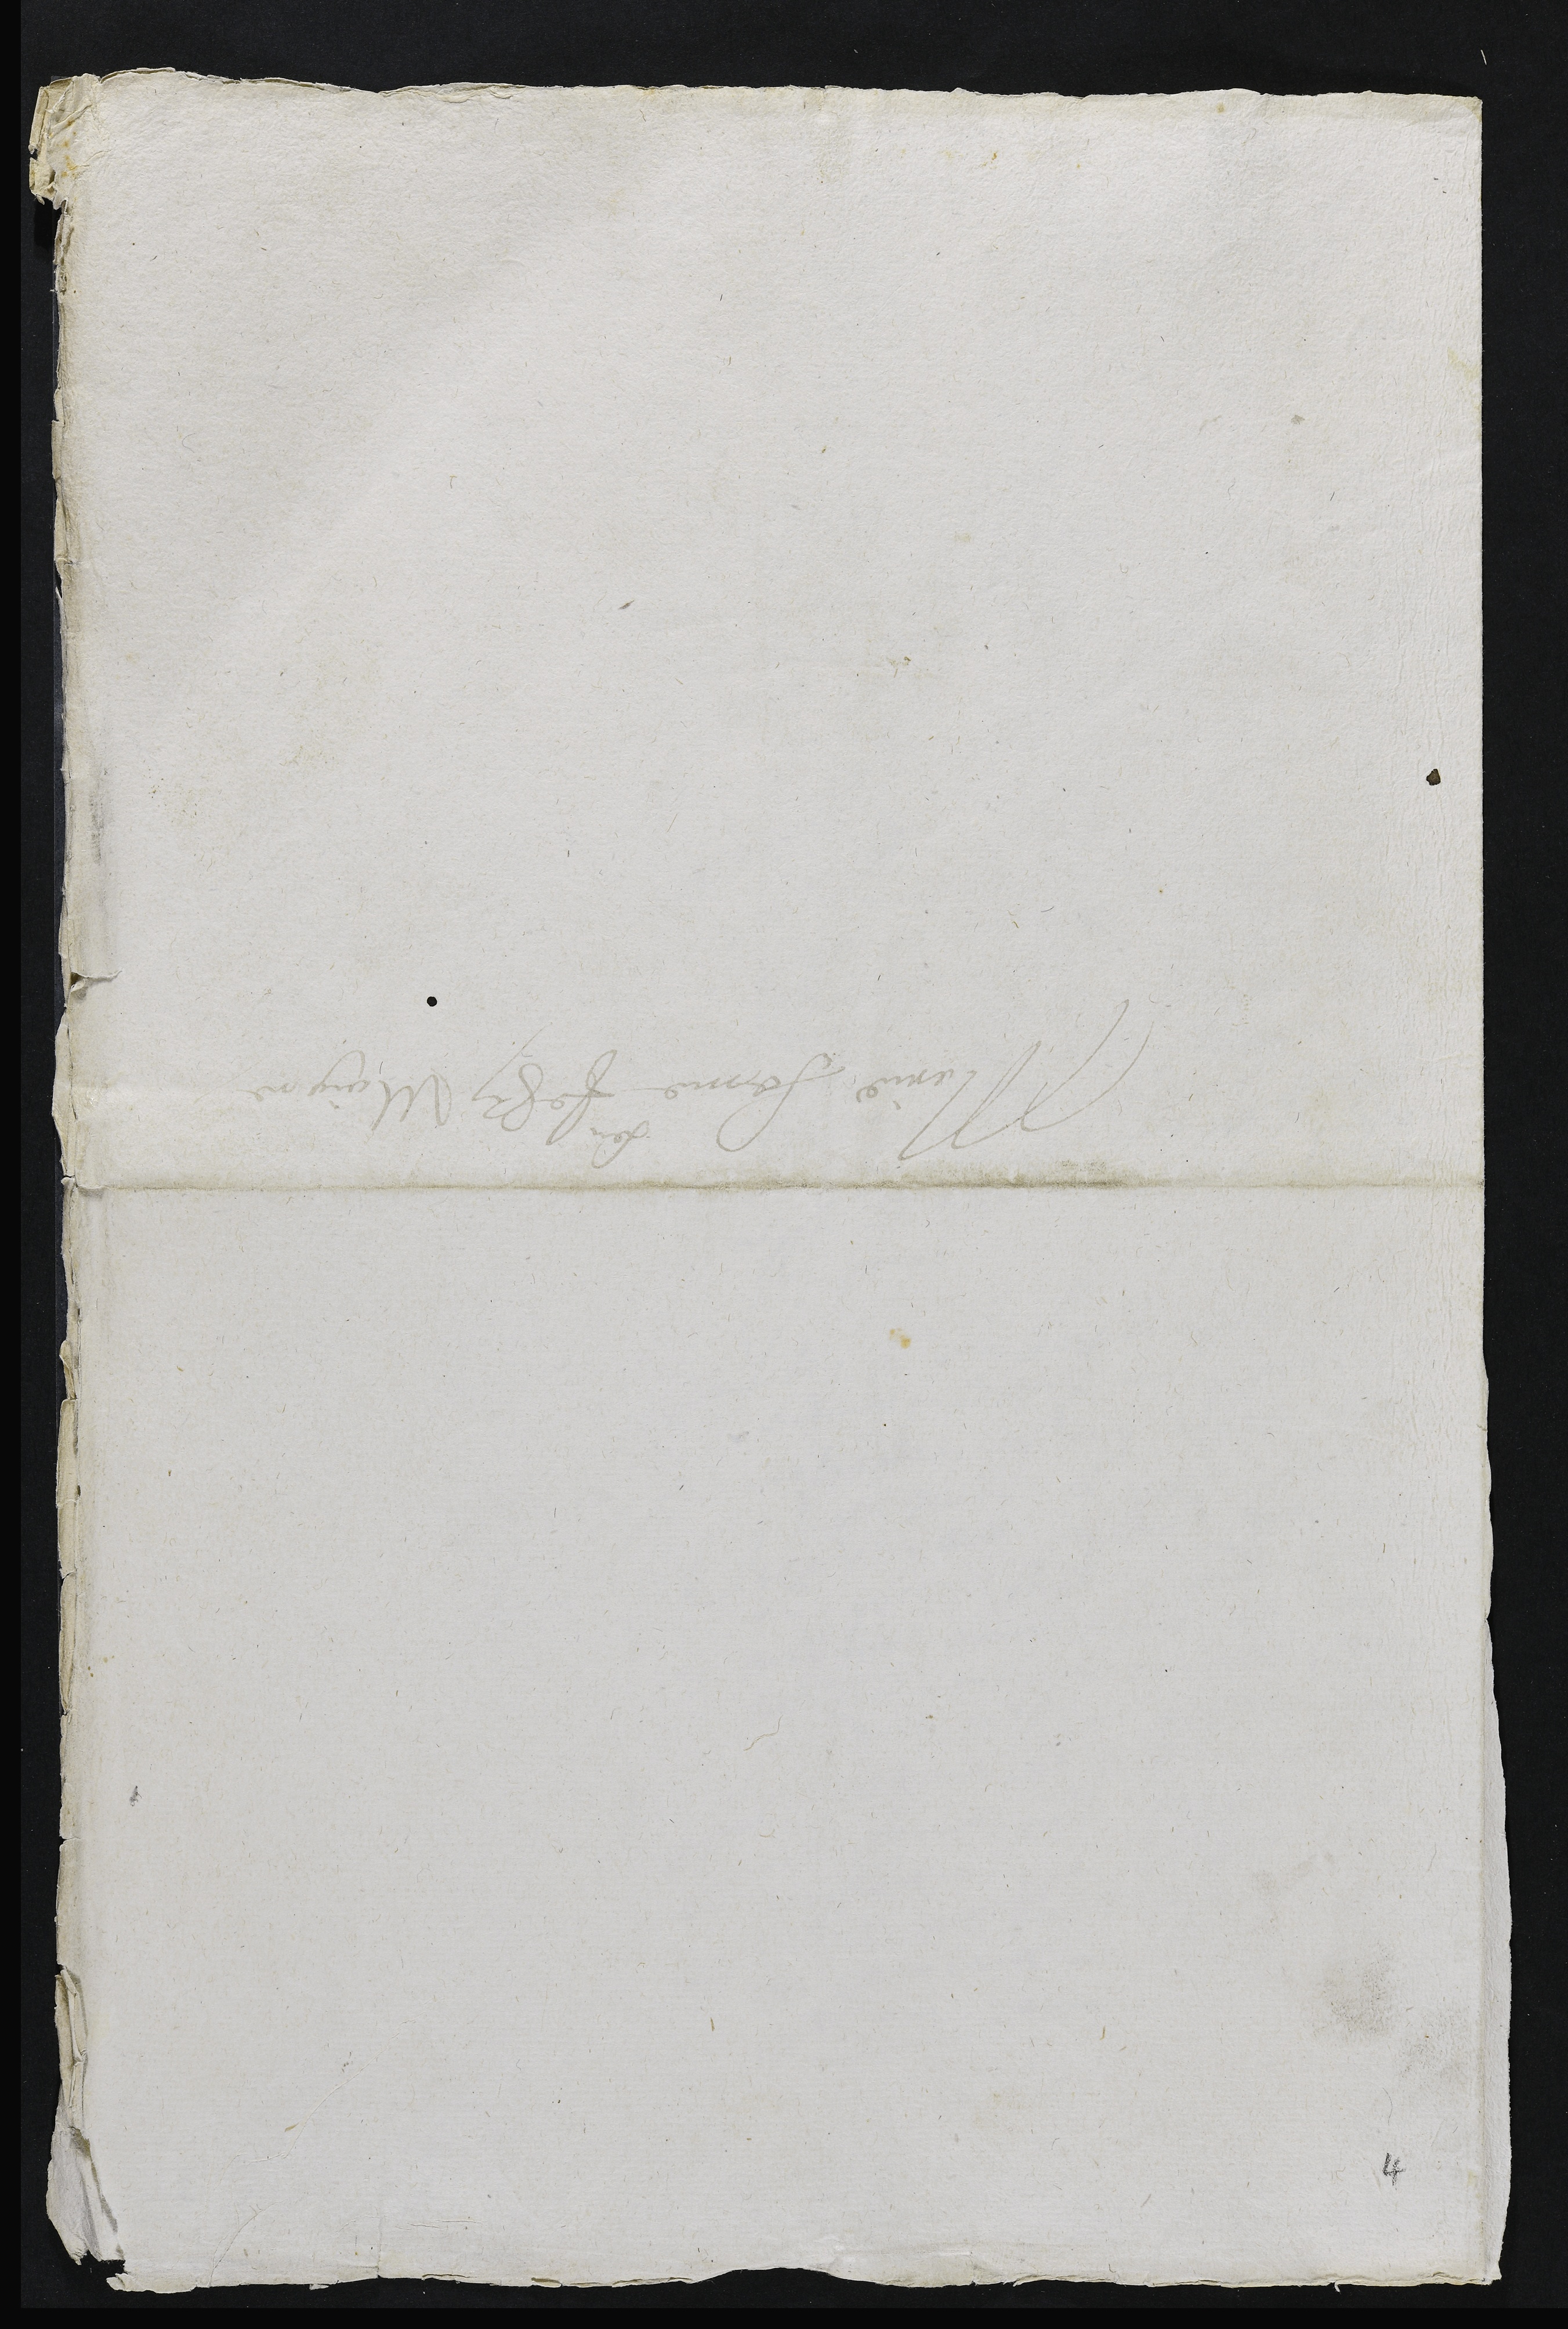
Marie femme
feu
Jehan Maigre